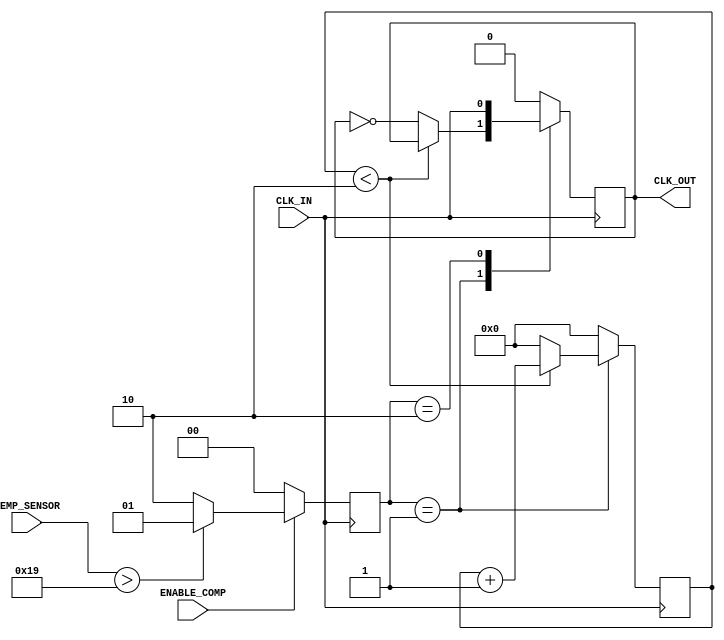
module TempCompensatedClockBuffer (
    input wire CLK_IN,            // Input Clock Signal
    input wire TEMP_SENSOR,       // Simulated temperature sensor output (digital)
    input wire ENABLE_COMP,       // Enable compensation logic
    output reg CLK_OUT            // Output Clock Signal
);

    // Parameters for temperature compensation
    parameter TEMP_THRESHOLD = 8'd25; // Example temperature threshold in some units
    parameter COMPENSATION_DELAY = 2;  // Example compensation delay in clock cycles

    reg [1:0] compensation_state; // State for compensation logic
    reg [3:0] delay_counter;       // Counter for delay implementation

    // State encoding
    localparam IDLE = 2'b00;
    localparam COMPENSATE = 2'b01;
    localparam DISABLE_COMP = 2'b10;
    
    initial begin
        CLK_OUT = 0;
        compensation_state = IDLE;
        delay_counter = 0;
    end

    // Input stage: Simple buffer for CLK_IN
    always @(posedge CLK_IN) begin
        if (ENABLE_COMP) begin
            // Check temperature and decide state
            if (TEMP_SENSOR > TEMP_THRESHOLD) begin
                compensation_state <= COMPENSATE; // Enable compensation
            end else begin
                compensation_state <= DISABLE_COMP; // Disable compensation
            end
        end else begin
            compensation_state <= IDLE; // No compensation
        end
    end

    // Compensation Logic (Simple state machine)
    always @(posedge CLK_IN) begin
        case (compensation_state)
            COMPENSATE: begin
                // Implement delay for compensation
                if (delay_counter < COMPENSATION_DELAY) begin
                    delay_counter <= delay_counter + 1;
                end else begin
                    CLK_OUT <= ~CLK_OUT; // Toggle output clock
                    delay_counter <= 0;   // Reset counter after delay
                end
            end
            DISABLE_COMP: begin
                CLK_OUT <= CLK_IN; // Directly buffer the input clock
                delay_counter <= 0; // Reset counter
            end
            IDLE: begin
                CLK_OUT <= 0; // Default state (can be adjusted)
                delay_counter <= 0; // Reset counter
            end
            default: begin
                CLK_OUT <= 0; // Failsafe
                delay_counter <= 0; // Reset counter
            end
        endcase
    end

endmodule